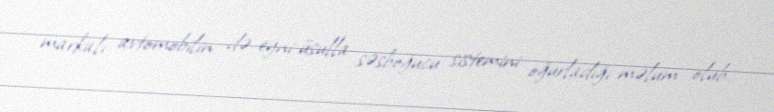
markalı avtomobilin də eyni üsulla səsboğucu sistemini oğurladığı məlum olub.